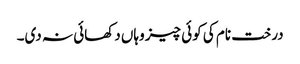
درخت نام کی کوئی چیز وہاں دکھائی نہ دی۔